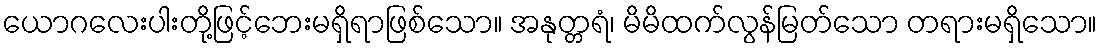
ယောဂလေးပါးတို့ဖြင့်ဘေးမရှိရာဖြစ်သော။ အနုတ္တရံ၊ မိမိထက်လွန်မြတ်သော တရားမရှိသော။